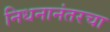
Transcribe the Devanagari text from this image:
निधनानंतरचा